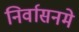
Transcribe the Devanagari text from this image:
निर्वासनमे